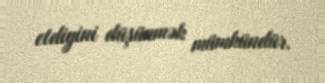
etdiyini düşünmək mümkündür.